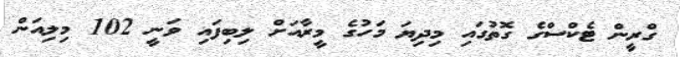
ގްރީން ޓެކްސްގެ ގޮތުގައި މިދިޔަ މަހުގެ މީރާއަށް ލިބިފައި ވަނީ 102 މިލިއަން